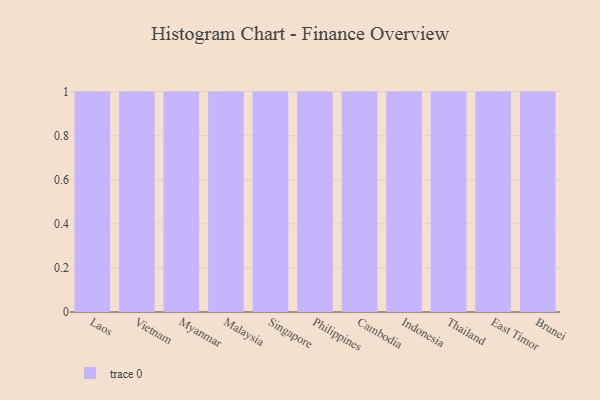
{"axis": {"x": "Country", "y": "Website Visitors"}, "legend": [""], "data": [{"x": "Laos", "y": 46, "type": ""}, {"x": "Vietnam", "y": 2, "type": ""}, {"x": "Myanmar", "y": 38, "type": ""}, {"x": "Malaysia", "y": 52, "type": ""}, {"x": "Singapore", "y": 52, "type": ""}, {"x": "Philippines", "y": 8, "type": ""}, {"x": "Cambodia", "y": 77, "type": ""}, {"x": "Indonesia", "y": 100, "type": ""}, {"x": "Thailand", "y": 46, "type": ""}, {"x": "East Timor", "y": 1, "type": ""}, {"x": "Brunei", "y": 90, "type": ""}]}